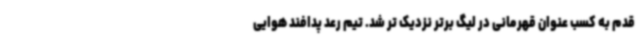
قدم به کسب عنوان قهرمانی در لیگ برتر نزدیک تر شد. تیم رعد پدافند هوایی